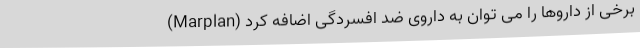
(Marplan) برخی از داروها را می توان به داروی ضد افسردگی اضافه کرد